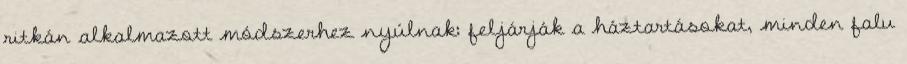
ritkán alkalmazott módszerhez nyúlnak: feljárják a háztartásokat, minden falu